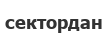
сектордан